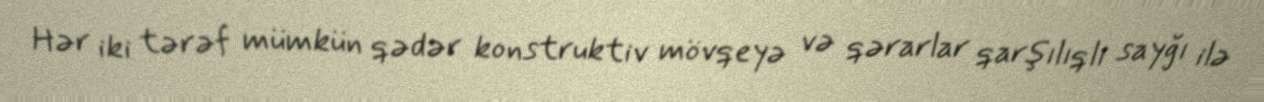
Hər iki tərəf mümkün qədər konstruktiv mövqeyə və qərarlar qarşılıqlı sayğı ilə